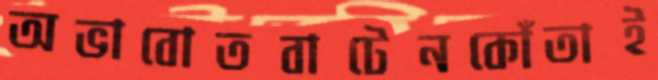
অভাবোতবাটেনকোঁতাই